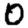
Digit: 0